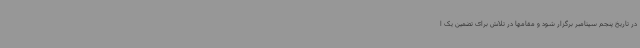
در تاریخ پنجم سپتامبر برگزار شود و مقامها در تلاش برای تضمین یک ا